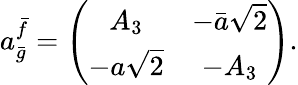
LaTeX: a_{\bar{g}}^{\bar{f}}=\left(\begin{array}{cc}{{A_{3}}}&{{-\bar{a}\sqrt{2}}}\\ {{-a\sqrt{2}}}&{{-A_{3}}}\end{array}\right).